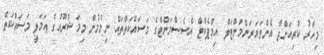
މިހާރު ކުރިއަށްދާ އެންވަޔަރަންމަންޓަލް އިމްޕެކްޓް އެސެސްމަންޓްގެ މަސައްކަތްތައް ނިމުމުން މިމަޝްރޫޢުގެ އަމަލީ މަސައްކަތް